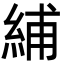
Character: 䋠